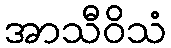
အာသီဝိသံ